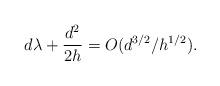
LaTeX: \begin{align*}d\lambda + \frac{d^2}{2h} = O(d^{3/2}/h^{1/2}).\end{align*}